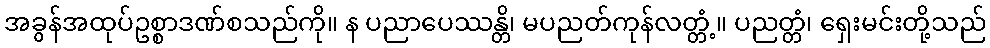
အခွန်အထုပ်ဥစ္စာဒဏ်စသည်ကို။ န ပညာပေဿန္တိ၊ မပညတ်ကုန်လတ္တံ့။ ပညတ္တံ၊ ရှေးမင်းတို့သည်